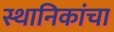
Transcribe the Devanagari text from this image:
स्थानिकांचा